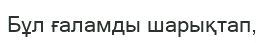
Бұл ғаламды шарықтап,